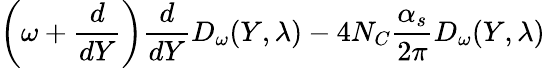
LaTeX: \left(\omega+\frac{d}{dY}\right)\frac{d}{dY}D_{\omega}(Y,\lambda)-4N_{C}\frac{\alpha_{s}}{2\pi}D_{\omega}(Y,\lambda)